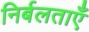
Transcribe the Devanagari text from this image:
निर्बलताएँ